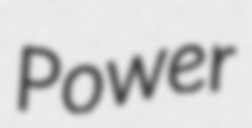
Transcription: Power